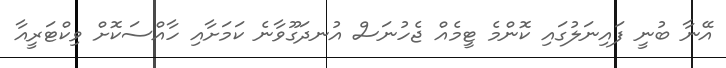
އޭނާ ބުނީ ފައިނަލުގައި ކޮންމެ ޓީމެއް ޖެހުނަސް އުނދަގޫވާނެ ކަމަށާއި ހާއްސަކޮށް ވިކްޓަރީއާ